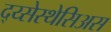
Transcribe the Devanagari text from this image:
द्य्सेस्थेसिअस